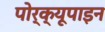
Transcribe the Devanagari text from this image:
पोर्क्यूपाइन